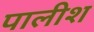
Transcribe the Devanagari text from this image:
पालीश